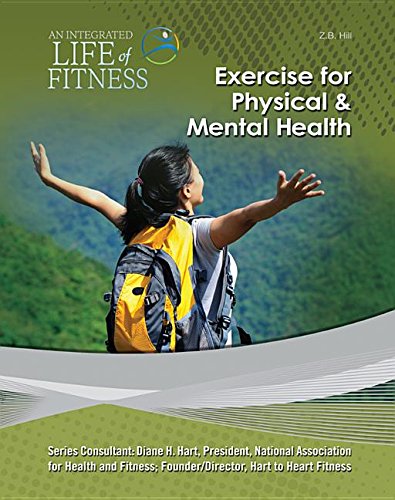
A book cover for Exercise for Physical & Mental Health (An Integrated Life of Fitness); Z. B. Hill; Teen & Young Adult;